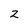
Character: z